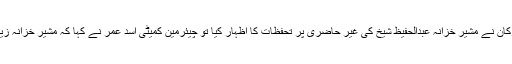
قومی اسمبلی کی قائمہ کمیٹی برائے خزانہ کا اجلاس اسد عمر کی سربراہی میں ہوا، کمیٹی ارکان نے مشیر خزانہ عبدالحفیظ شیخ کی غیر حاضری پر تحفظات کا اظہار کیا تو چیئرمین کمیٹی اسد عمر نے کہا کہ مشیر خزانہ زیادہ اہم کام میں مصروف ہیں تاہم میرے سوا کبھی کوئی وزیرخزانہ کمیٹی اجلاس میں نہیں آیا۔